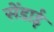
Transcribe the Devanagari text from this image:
सेंडाई